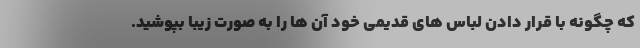
که چگونه با قرار دادن لباس های قدیمی خود آن ها را به صورت زیبا بپوشید.